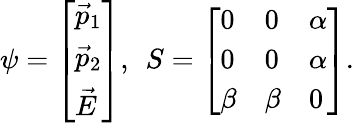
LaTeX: \psi=\left[\begin{array}{l}{\vec{p}_{1}}\\ {\vec{p}_{2}}\\ {\vec{E}}\end{array}\right],\: \: S=\left[\begin{array}{lll}{0}&{0}&{\alpha}\\ {0}&{0}&{\alpha}\\ {\beta}&{\beta}&{0}\end{array}\right].